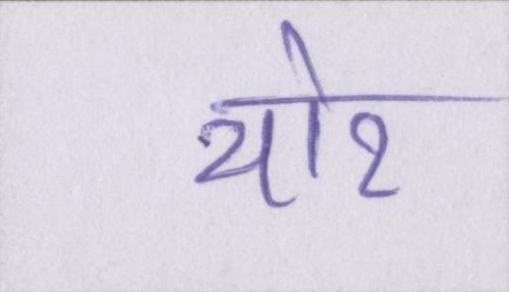
थोर